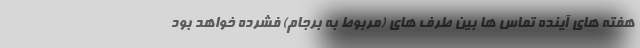
هفته های آینده تماس ها بین طرف های (مربوط به برجام) فشرده خواهد بود